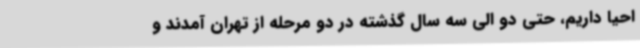
احیا داریم، حتی دو الی سه سال گذشته در دو مرحله از تهران آمدند و